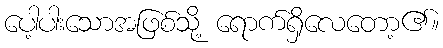
ပေါ့ပါးသောအဖြစ်သို့ ရောက်ရှိလေတော့၏။